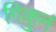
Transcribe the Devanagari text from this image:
गिकुन